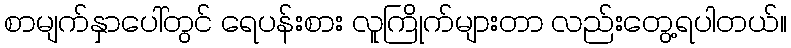
စာမျက်နှာပေါ်တွင် ရေပန်းစား လူကြိုက်များတာ လည်းတွေ့ရပါတယ်။